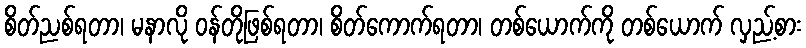
စိတ်ညစ်ရတာ၊ မနာလို ဝန်တိုဖြစ်ရတာ၊ စိတ်ကောက်ရတာ၊ တစ်ယောက်ကို တစ်ယောက် လှည့်စား